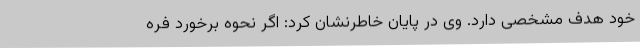
خود هدف مشخصی دارد. وی در پایان خاطرنشان کرد: اگر نحوه برخورد فره